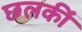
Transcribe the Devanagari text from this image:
छलकीं